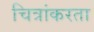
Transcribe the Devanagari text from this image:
चित्रांकरता